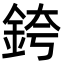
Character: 銙